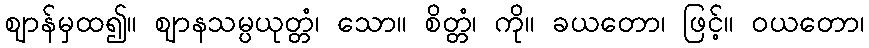
ဈာန်မှထ၍။ ဈာနသမ္ပယုတ္တံ၊ သော။ စိတ္တံ၊ ကို။ ခယတော၊ ဖြင့်။ ဝယတော၊